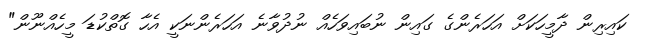
ކައިރިން ދާމީހަކަށް އަހަރެންގެ ގައިން ނުބައިވަހެއް ނުދުވާނެ އަހަރެންނަކީ އެހާ ގޮތްކުޑަ މީހެއްނޫން"